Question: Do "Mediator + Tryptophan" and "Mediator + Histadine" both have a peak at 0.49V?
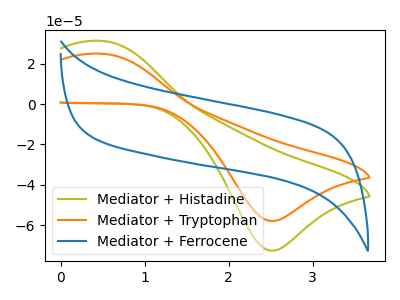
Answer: <think>The olive curve "Mediator + Histadine" has an anodic peak at (0.50V, 31.35uA) and a cathodic peak at (2.50V, -72.70uA). The orange curve "Mediator + Tryptophan" has an anodic peak at (0.50V, 25.00uA) and a cathodic peak at (2.50V, -57.95uA). The blue curve "Mediator + Ferrocene" has no peaks.</think>
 <answer>Yes, "Mediator + Tryptophan" and "Mediator + Histadine" share a peak at 0.49V.</answer>
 <eval>match</eval>